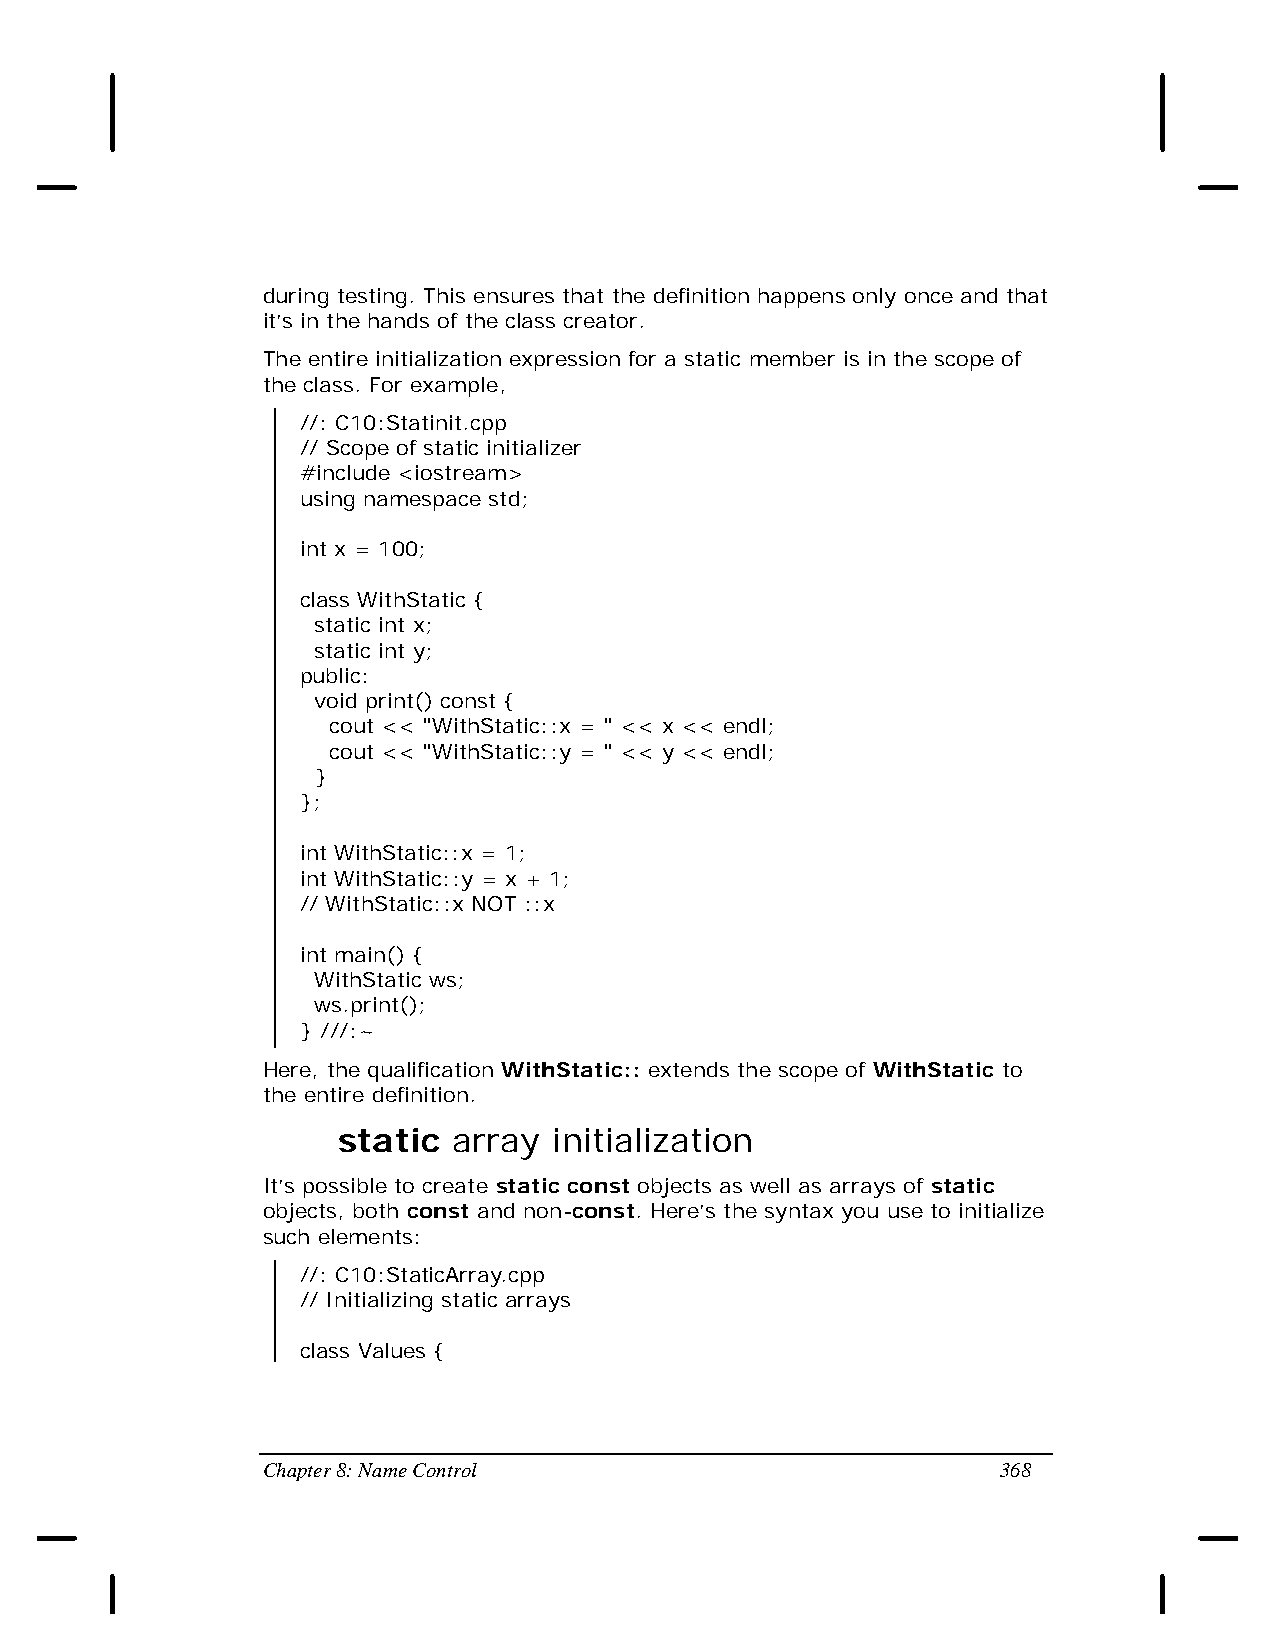
during testing. This ensures that the definition happens only once and that
 it’s in the hands of the class creator.
 The entire initialization expression for a static member is in the scope of
 the class. For example,
 //: C10:Statinit.cpp
 // Scope of static initializer
 #include <iostream>
 using namespace std;
 int x = 100;
 class WithStatic {
 static int x;
 static int y;
 public:
 void print() const {
 cout << "WithStatic::x = " << x << endl;
 cout << "WithStatic::y = " << y << endl;
 }
 };
 int WithStatic::x = 1;
 int WithStatic::y = x + 1;
 // WithStatic::x NOT ::x
 int main() {
 WithStatic ws;
 ws.print();
 } ///:~
 Here, the qualification WithStatic:: extends the scope of WithStatic to
 the entire definition.
 static  array  initialization
 It’s possible to create static const objects as well as arrays of static
 objects, both const and non-const. Here’s the syntax you use to initialize
 such elements:
 //: C10:StaticArray.cpp
 // Initializing static arrays
 class Values {
 Chapter 8: Name Control                          368